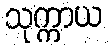
သုက္ကာယ